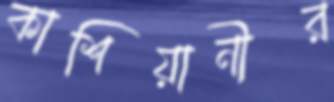
কাশিয়ানীর